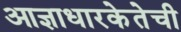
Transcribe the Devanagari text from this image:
आज्ञाधारकेतेची